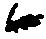
候